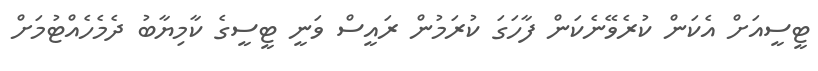
ޓީސީއަށް އެކަން ކުރެވޭނެކަން ފާހަގަ ކުރަމުން ރައީސް ވަނީ ޓީސީގެ ކާމިޔާބު ދެމެހެއްޓުމަށް